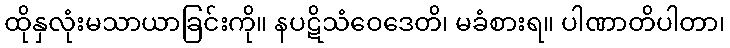
ထိုနှလုံးမသာယာခြင်းကို။ နပဋိသံဝေဒေတိ၊ မခံစားရ။ ပါဏာတိပါတာ၊